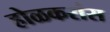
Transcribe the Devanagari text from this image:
होळकरांस